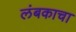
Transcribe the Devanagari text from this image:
लंबकाचा